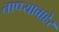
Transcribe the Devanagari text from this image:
ताप्प्याबाहेर